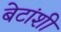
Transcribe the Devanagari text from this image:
बेटांशी